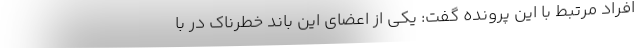
افراد مرتبط با این پرونده گفت: یکی از اعضای این باند خطرناک در با